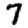
Digit: 7